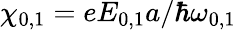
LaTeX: \chi_{0,1}=eE_{0,1}a/\hbar\omega_{0,1}